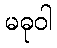
မဓုဝါ